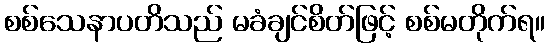
စစ်သေနာပတိသည် မခံချင်စိတ်ဖြင့် စစ်မတိုက်ရ။